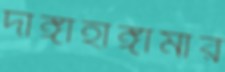
দাঙ্গাহাঙ্গামার